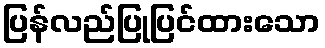
ပြန်လည်ပြုပြင်ထားသော